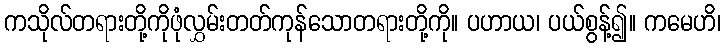
ကသိုလ်တရားတို့ကိုဖုံလွှမ်းတတ်ကုန်သောတရားတို့ကို။ ပဟာယ၊ ပယ်စွန့်၍။ ကမေဟိ၊